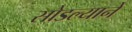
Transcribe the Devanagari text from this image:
सोडल्याने